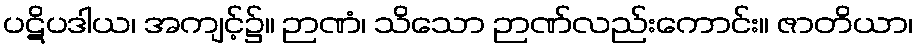
ပဋိပဒါယ၊ အကျင့်၌။ ဉာဏံ၊ သိသော ဉာဏ်လည်းကောင်း။ ဇာတိယာ၊